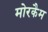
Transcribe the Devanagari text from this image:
मोरकैम